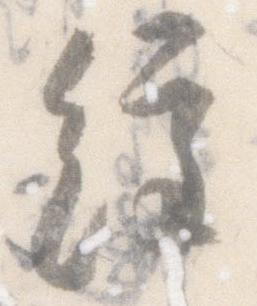
経